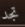
تجد